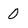
Character: 0